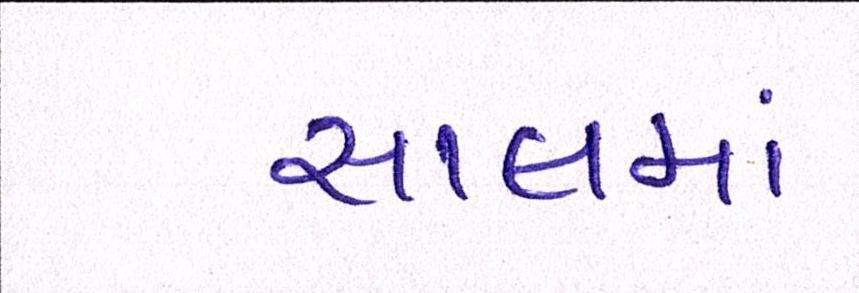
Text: સાલમાં